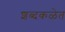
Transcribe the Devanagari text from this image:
शब्दकळेत